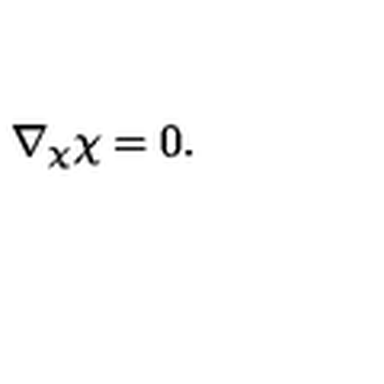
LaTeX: \nabla _ { \chi } { \chi } = 0 .